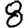
Digit: 8